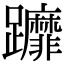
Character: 𨇻